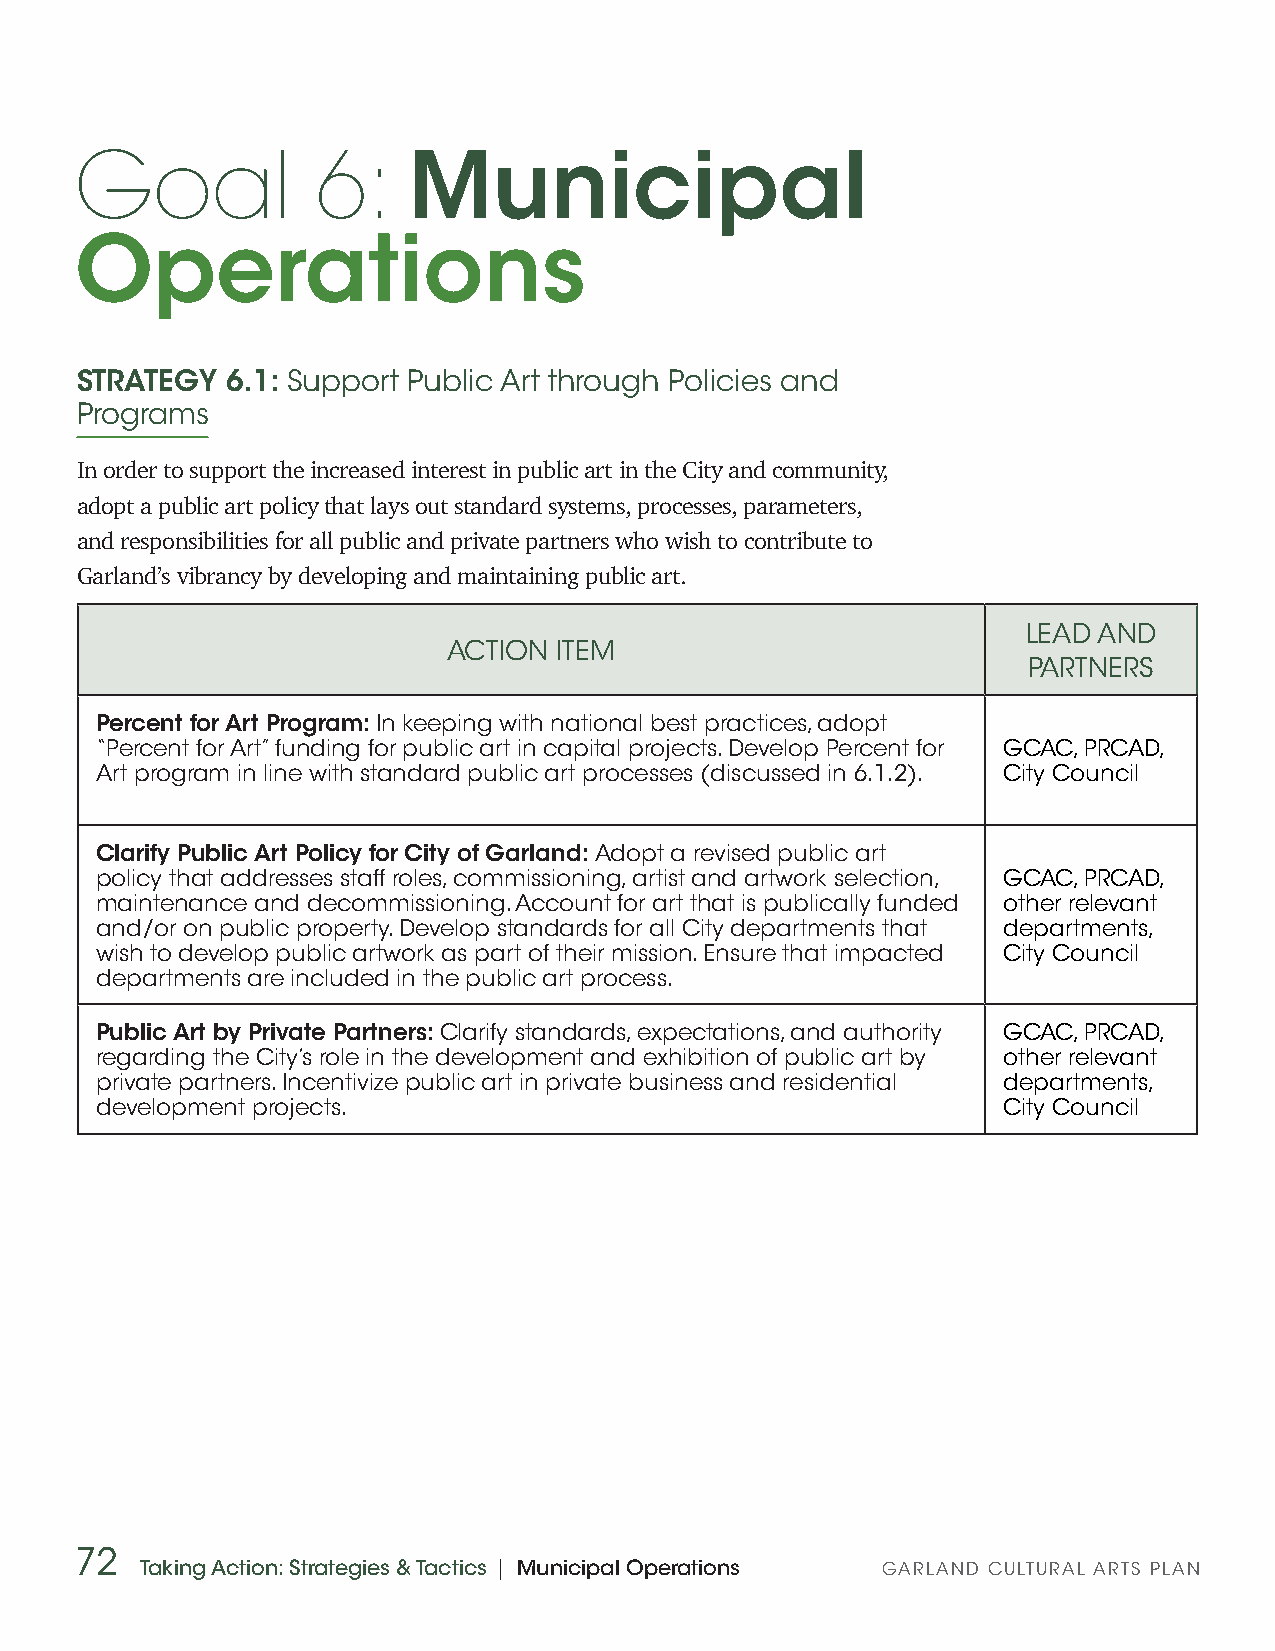
Goal            6:    Municipal
 Operations
 STRATEGY  6.1: Support Public Art through Policies and
 Programs
 In order to support the increased interest in public art in the City and community,
 adopt a public art policy that lays out standard systems, processes, parameters,
 and responsibilities for all public and private partners who wish to contribute to
 Garland’s vibrancy by developing and maintaining public art.
 LEAD AND
 ACTION ITEM
 PARTNERS
 Percent for Art Program: In keeping with national best practices, adopt
 “Percent for Art” funding for public art in capital projects. Develop Percent for GCAC, PRCAD,
 Art program in line with standard public art processes (discussed in 6.1.2). City Council
 Clarify Public Art Policy for City of Garland: Adopt a revised public art
 policy that addresses staff roles, commissioning, artist and artwork selection, GCAC, PRCAD,
 maintenance and decommissioning. Account for art that is publically funded other relevant
 and/or on public property. Develop standards for all City departments that departments,
 wish to develop public artwork as part of their mission. Ensure that impacted City Council
 departments are included in the public art process.
 Public Art by Private Partners: Clarify standards, expectations, and authority GCAC, PRCAD,
 regarding the City’s role in the development and exhibition of public art by other relevant
 private partners. Incentivize public art in private business and residential departments,
 development projects.                                       City Council
 72
 Taking Action: Strategies & Tactics | Municipal Operations GARLAND CULTURAL ARTS PLAN